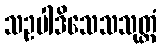
သဥပါဒိသေသသုတ္တံ